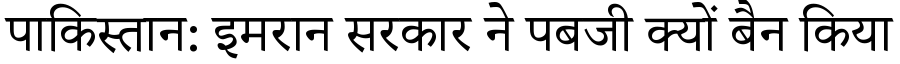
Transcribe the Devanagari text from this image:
पाकिस्तान: इमरान सरकार ने पबजी क्यों बैन किया